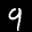
Label: 9